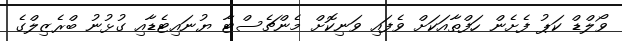
ވޯލްޑް ކަޕު ފެށެން ހަފްތާއަކަށް ވެފައި ވަނިކޮށް މެންޗެސްޓާ ޔުނައިޓެޑާއި ގުޅުނު ބްރެޒިލްގެ